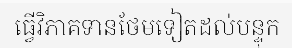
ធ្វើវិភាគទានថែមទៀតដល់បន្ទុក